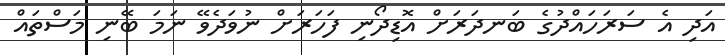
އަދި އެ ސަރަހައްދުގެ ބަނދަރަށް އޮޑިދޯނި ފަހަރަށް ނުވަދެވޭ ނަމަ ބޭނި މަސްތައް